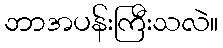
ဘာအပန်းကြီးသလဲ။